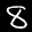
Label: 8